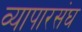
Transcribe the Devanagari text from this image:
व्यापारसंघ